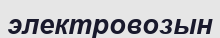
электровозын